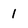
Character: l